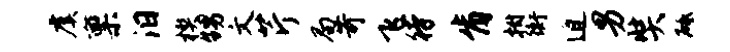
虞禀汨楔甥文芹局苛飞待肯拊衡迫男奘砥